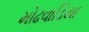
મોઢવાડિયા